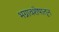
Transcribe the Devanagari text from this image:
भग्नावशेषातून